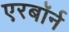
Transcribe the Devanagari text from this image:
एरबॉर्न